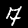
Label: 7